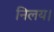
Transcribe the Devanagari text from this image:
निलय।